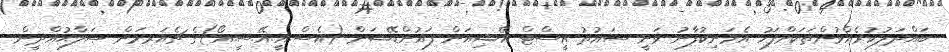
ބައްދަލުކުރެއްވުންތަކަށްފަހު އެމަނިކުފާނު ވަނީ ސައުތު އީސްޓް އޭޝިއަން ފައުންޑޭޝަން (އެސް.އީ.އޭ.ސީ.އޯ)ގެ ޗެއަރމަން ޞަލާޙުއްދީން